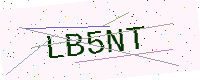
Text: LB5NT